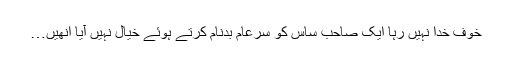
خوف خدا نہیں رہا ایک صاحبِ ساس کو سرِعام بدنام کرتے ہوئے خیال نہیں آیا اِنھیں…